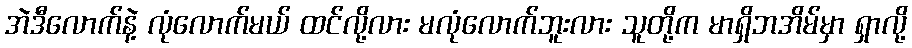
အဲဒီလောက်နဲ့ လုံလောက်မယ် ထင်လို့လား မလုံလောက်ဘူးလား သူတို့က မာရှိဘအိမ်မှာ ရှာလို့